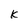
Character: k